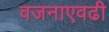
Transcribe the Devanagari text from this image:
वजनाएवढी